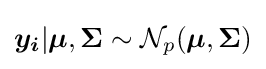
{\boldsymbol {y_{i}}}|{\boldsymbol {\mu }},{\boldsymbol {\Sigma }}\sim {\mathcal {N}}_{p}({\boldsymbol {\mu }},{\boldsymbol {\Sigma }})